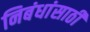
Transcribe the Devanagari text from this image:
निबंधांसाठी